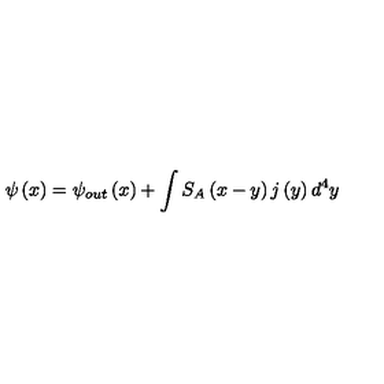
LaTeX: \psi \left( x \right) = \psi _ { o u t } \left( x \right) + \int S _ { A } \left( x - y \right) j \left( y \right) d ^ { 4 } y